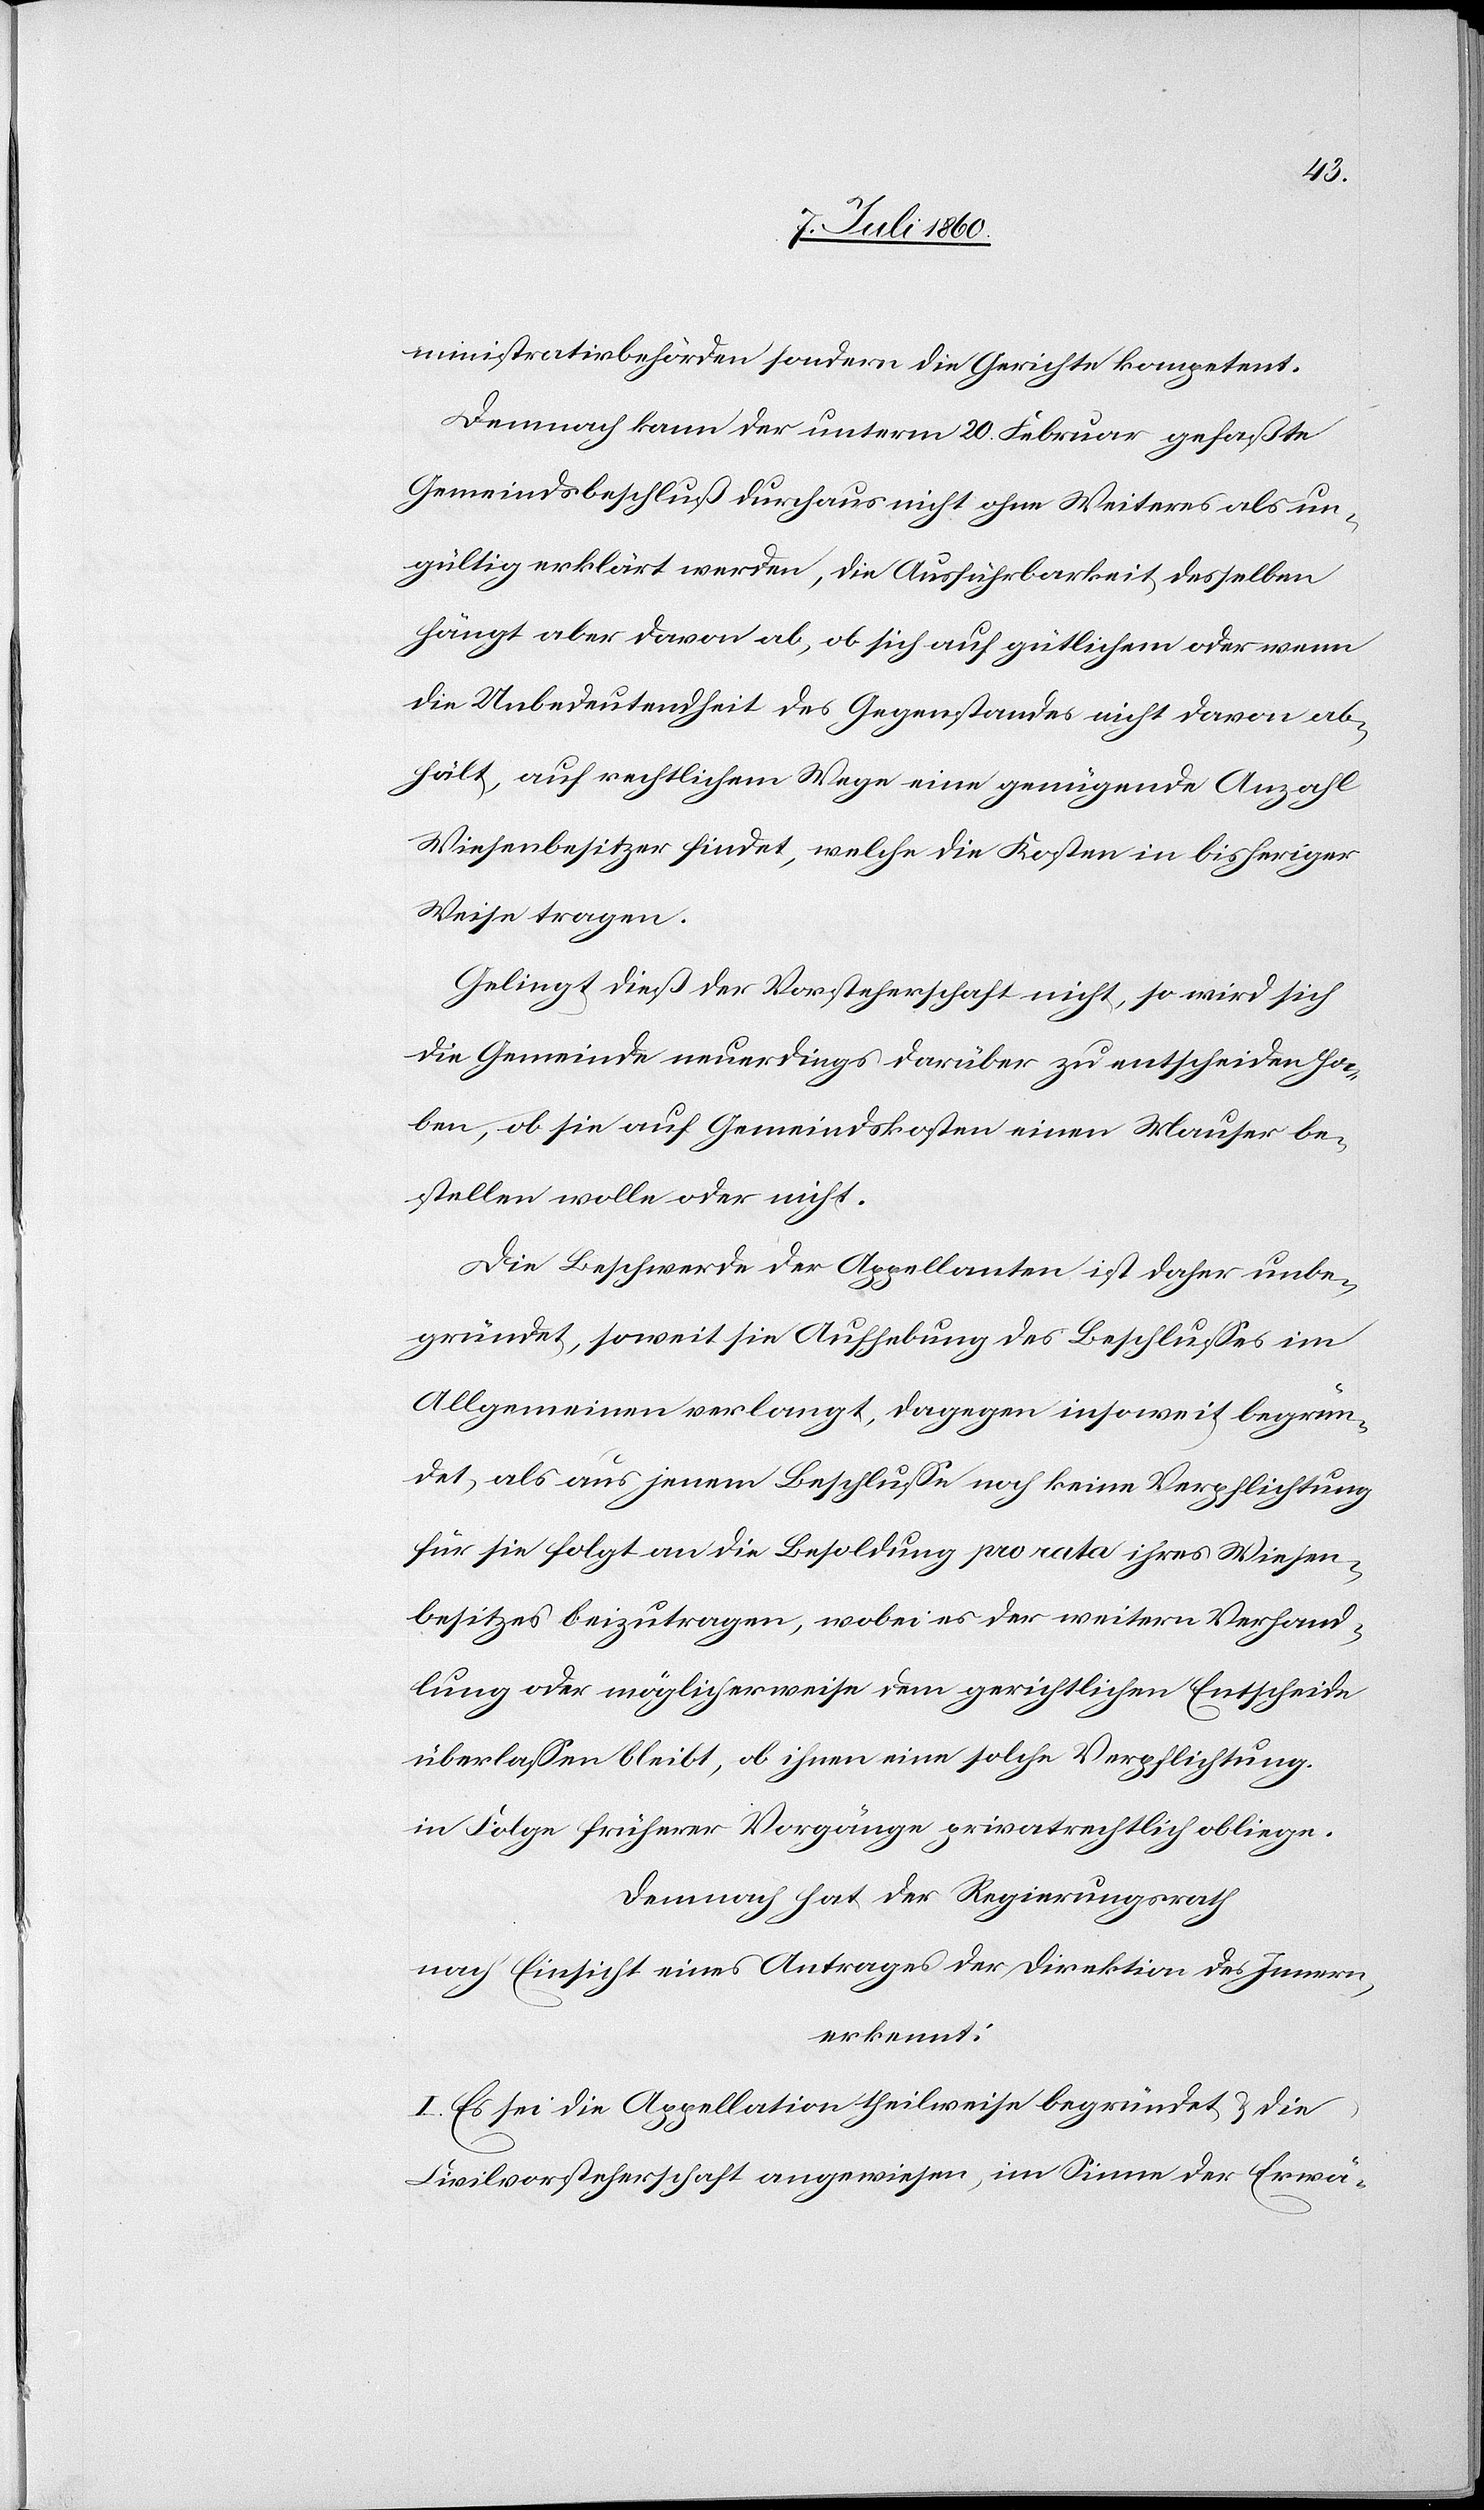
ministrativbehörden, sondern die Gerichte kompetent.
Demnach kann der unterm 20. Februar gefaßte
Gemeindsbeschluß durchaus nicht ohne Weiteres als un¬
gültig erklärt werden, die Ausführbarkeit desselben
hängt aber davon ab, ob sich auf gütlichem oder wenn
die Unbedeutendheit des Gegenstandes nicht davon ab¬
hält, auf rechtlichem Wege eine genügende Anzahl
Wiesenbesitzer findet, welche die Kosten in bisheriger
Weise tragen.
Gelingt dieß der Vorsteherschaft nicht, so wird sich
die Gemeinde neuerdings darüber zu entscheiden ha¬
ben, ob sie auf Gemeindskosten einen Mauser be¬
stellen wolle oder nicht.
Die Beschwerde der Appellanten ist daher unbe¬
gründet, soweit sie Aufhebung des Beschlusses im
Allgemeinen verlangt, dagegen insoweit begrün¬
det, als aus jenem Beschlusse noch keine Verpflichtung
für sie folgt an die Besoldung pro rata ihres Wiesen¬
besitzes beizutragen, wobei es der weitern Verhand¬
lung oder möglicherweise dem gerichtlichen Entscheide
überlassen bleibt, ob ihnen eine solche Verpflichtung
in Folge früherer Vorgänge privatrechtlich obliege.
Demnach hat der Regierungsrath
nach Einsicht eines Antrages der Direktion des Innern,
erkennt:
I. Es sei die Appellation theilweise begründet & die
Civilvorsteherschaft angewiesen, im Sinne der Erwä-